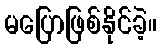
မပြောဖြစ်နိုင်ခဲ့။